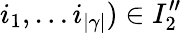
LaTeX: i_{1},\dots i_{|\gamma|})\in I_{2}^{\prime\prime}